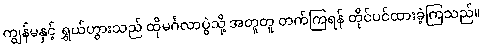
ကျွန်မနှင့် ရွှယ်ဟွားသည် ထိုမင်္ဂလာပွဲသို့ အတူတူ တက်ကြရန် တိုင်ပင်ထားခဲ့ကြသည်။